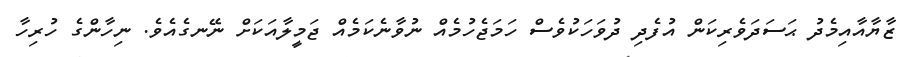
ޒާޔާއާއިމެދު ޙަސަދަވެރިކަން އުފެދި ދުވަހަކުވެސް ހަމަޖެހުމެއް ނުވާނެކަމެއް ޖަމީލާއަކަށް ނޭނގެއެވެ. ނިހާންގެ ހުރިހާ